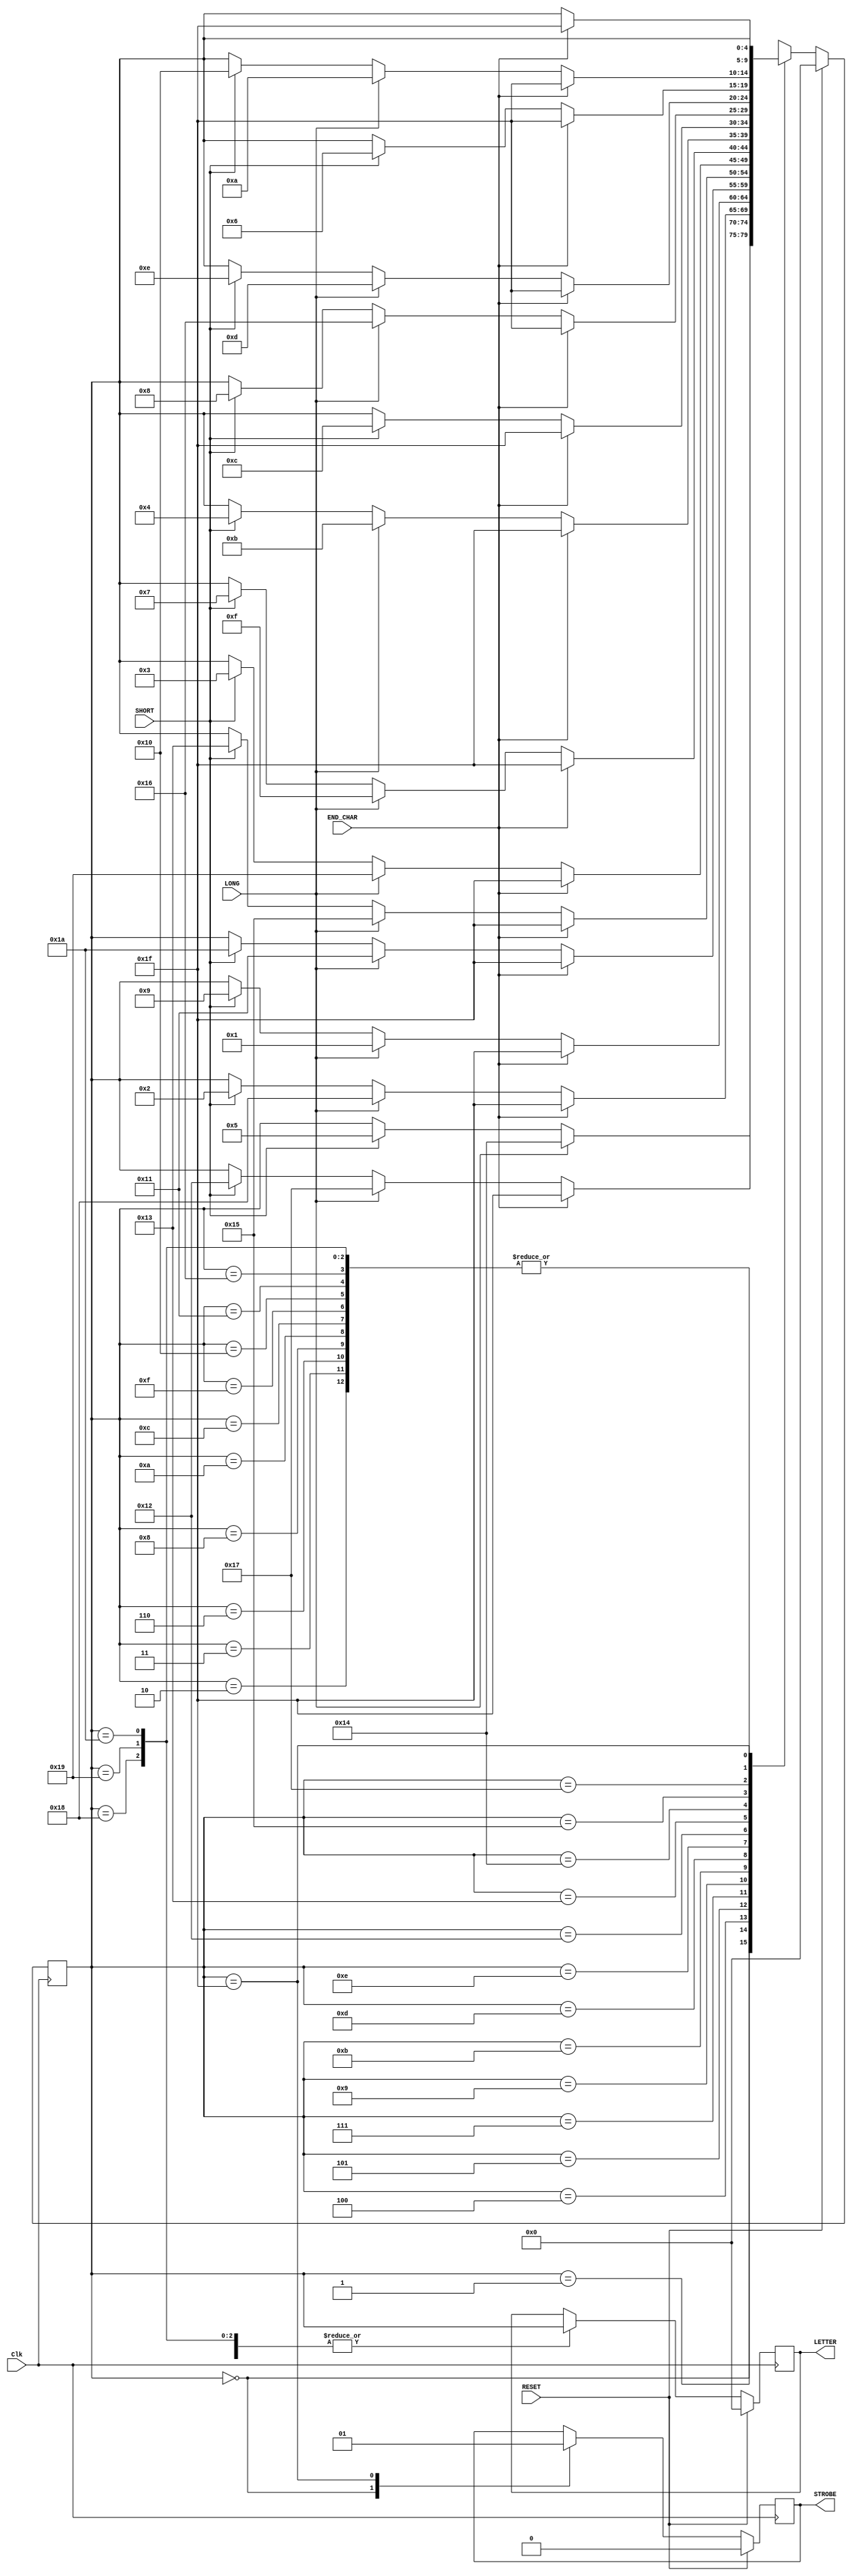
`timescale 1ns / 1ps
//////////////////////////////////////////////////////////////////////////////////
// Company: 
// Engineer: 
// 
// Design Name: 
// Module Name:    alphabet 
// Project Name: 
// Target Devices: 
// Tool versions: 
// Description: 
//
// Dependencies: 
//
// Revision: 
// Revision 0.01 - File Created
// Additional Comments: 
//
//////////////////////////////////////////////////////////////////////////////////
module alphabet(
	 input RESET,
    input Clk,
    input LONG,
    input SHORT,
	 input END_CHAR,
    output [4:0] LETTER,
    output STROBE
    );
	 
reg[4:0] STATE, LETTER_REG;
reg STROBE_REG;

assign LETTER = LETTER_REG;
assign STROBE = STROBE_REG;


	 
localparam
	INIT = 5'b00000,
	A = 5'b00001,
	B = 5'b00010,
	C = 5'b00011,
	D = 5'b00100,
	E = 5'b00101,
	F = 5'b00110,
	G = 5'b00111,
	H = 5'b01000,
	I = 5'b01001,
	J = 5'b01010,
	K = 5'b01011,
	L = 5'b01100,
	M = 5'b01101,
	N = 5'b01110,
	O = 5'b01111,
	P = 5'b10000,
	Q = 5'b10001,
	R = 5'b10010,
	S = 5'b10011,
	T = 5'b10100,
	U = 5'b10101,
	V = 5'b10110,
	W = 5'b10111,
	X = 5'b11000,
	Y = 5'b11001,
	Z = 5'b11010,
	DONE = 5'b11111;


always @ (posedge Clk)
begin
	if(RESET)
	begin
		STATE <= INIT;
		STROBE_REG <= 1'b0;
		LETTER_REG <= 5'b00000;
	end
	else
	begin
		case(STATE)
			INIT:
			begin
				STROBE_REG <= 0;
				if(SHORT) STATE<=E;
				if (LONG) STATE <=T;
			end
			A:
			begin
				if(SHORT) STATE<=R;
				if (LONG) STATE <=W;
				if(END_CHAR) STATE<=DONE;
				LETTER_REG <= STATE;
			end
			B:
			begin
				if(END_CHAR) STATE<=DONE;
				LETTER_REG <= STATE;
			end
			C:
			begin
				if(END_CHAR) STATE<=DONE;
				LETTER_REG <= STATE;
			end
			D:
			begin
				if(SHORT) STATE<=B;
				if (LONG) STATE <=X;
				if(END_CHAR) STATE<=DONE;
				LETTER_REG <= STATE;
			end
			E:
			begin
				if(SHORT) STATE<=I;
				if (LONG) STATE <=A;
				if(END_CHAR) STATE<=DONE;
				LETTER_REG <= STATE;
			end
			F:
			begin
				if(END_CHAR) STATE<=DONE;
				LETTER_REG <= STATE;
			end
			G:
			begin
				if(SHORT) STATE<=Z;
				if (LONG) STATE <=Q;
				if(END_CHAR) STATE<=DONE;
				LETTER_REG <= STATE;
			end
			H:
			begin
				if(END_CHAR) STATE<=DONE;
				LETTER_REG <= STATE;
			end
			I:
			begin
				if(SHORT) STATE<=S;
				if (LONG) STATE <=U;
				if(END_CHAR) STATE<=DONE;
				LETTER_REG <= STATE;
			end
			J:
			begin
				if(END_CHAR) STATE<=DONE;
				LETTER_REG <= STATE;
			end
			K:
			begin
				if(SHORT) STATE<=C;
				if (LONG) STATE <=Y;
				if(END_CHAR) STATE<=DONE;
				LETTER_REG <= STATE;
			end
			L:
			begin
				if(END_CHAR) STATE<=DONE;
				LETTER_REG <= STATE;
			end
			M:
			begin
				if(SHORT) STATE<=G;
				if (LONG) STATE <=O;
				if(END_CHAR) STATE<=DONE;
				LETTER_REG <= STATE;
			end
			N:
			begin
				if(SHORT) STATE<=D;
				if (LONG) STATE <=K;
				if(END_CHAR) STATE<=DONE;
				LETTER_REG <= STATE;
			end
			O:
			begin
				if(END_CHAR) STATE<=DONE;
				LETTER_REG <= STATE;
			end
			P:
			begin
				if(END_CHAR) STATE<=DONE;
				LETTER_REG <= STATE;
			end
			Q:
			begin
				if(END_CHAR) STATE<=DONE;
				LETTER_REG <= STATE;
			end
			R:
			begin
				if(SHORT) STATE<=L;
				if(END_CHAR) STATE<=DONE;
				LETTER_REG <= STATE;
			end
			S:
			begin
				if(SHORT) STATE<=H;
				if (LONG) STATE <=V;
				if(END_CHAR) STATE<=DONE;
				LETTER_REG <= STATE;
			end
			T:
			begin
				if(SHORT) STATE<=N;
				if (LONG) STATE <=M;
				if(END_CHAR) STATE<=DONE;
				LETTER_REG <= STATE;
			end
			U:
			begin
				if(SHORT) STATE<=F;
				if(END_CHAR) STATE<=DONE;
				LETTER_REG <= STATE;
			end
			V:
			begin
				if(END_CHAR) STATE<=DONE;
				LETTER_REG <= STATE;
			end
			W:
			begin
				if(SHORT) STATE<=P;
				if (LONG) STATE <=J;
				if(END_CHAR) STATE<=DONE;
				LETTER_REG <= STATE;
			end
			X:
			begin
				if(END_CHAR) STATE<=DONE;
				LETTER_REG <= STATE;
			end
			Y:
			begin
				if(END_CHAR) STATE<=DONE;
				LETTER_REG <= STATE;
			end
			Z:
			begin
				if(END_CHAR) STATE<=DONE;
				LETTER_REG <= STATE;
			end
			DONE: STROBE_REG <= 1'b1;
			default: STATE <= 5'bXXXXX;
		endcase
	end
end

endmodule